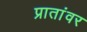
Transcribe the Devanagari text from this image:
प्रातांवर